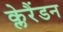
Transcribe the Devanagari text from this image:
क्लेरैंडन